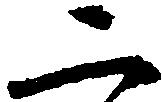
二